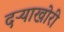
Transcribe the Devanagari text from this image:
दऱ्याखोरी